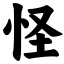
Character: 怪